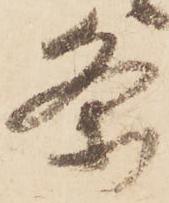
条